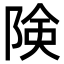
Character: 険